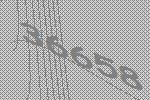
36658